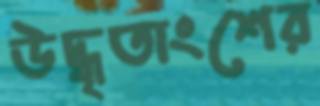
উদ্ধৃতাংশের